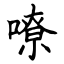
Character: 嘹